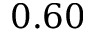
0 . 6 0